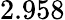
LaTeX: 2.958